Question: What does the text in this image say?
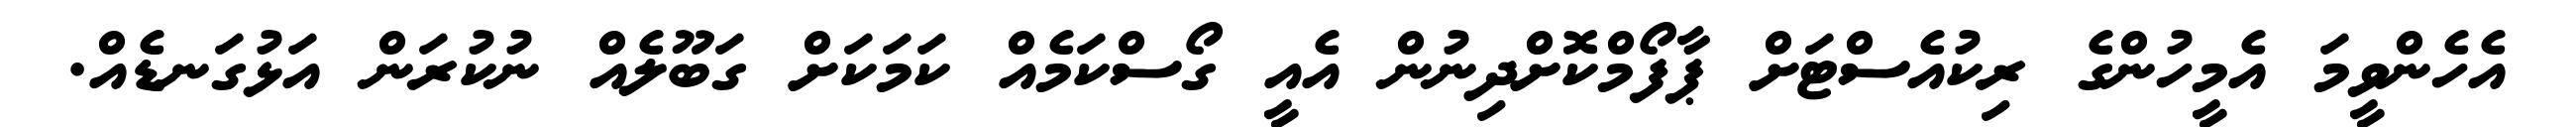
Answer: އެހެންވީމަ އެމީހުންގެ ރިކުއެސްޓަށް ޕާފޯމްކޮށްދިނުން އެއީ ގޯސްކަމެއް ކަމަކަށް ގަބޫލެއް ނުކުރަން އަޅުގަނޑެއް.